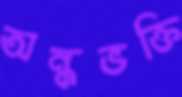
অন্ধভক্তি